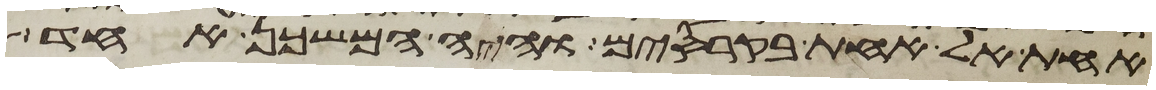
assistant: אחת אל אחת בקרסים והיה המשכן אחד